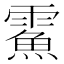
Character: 𩅔